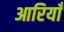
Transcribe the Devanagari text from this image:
आरियाँ